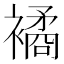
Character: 𧝃